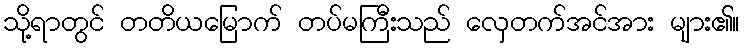
သို့ရာတွင် တတိယမြောက် တပ်မကြီးသည် လှေတက်အင်အား များ၏။